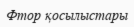
Фтор қосылыстары